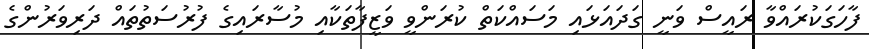
ފާހަގަކުރައްވާ ރައީސް ވަނީ ގަދައަޅައި މަސައްކަތް ކުރަންވީ ވަޒީފާތަކާއި މުސާރައިގެ ފުރުސަތުތައް ދަރިވަރުންގެ